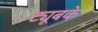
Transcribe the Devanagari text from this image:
ट्यूबके